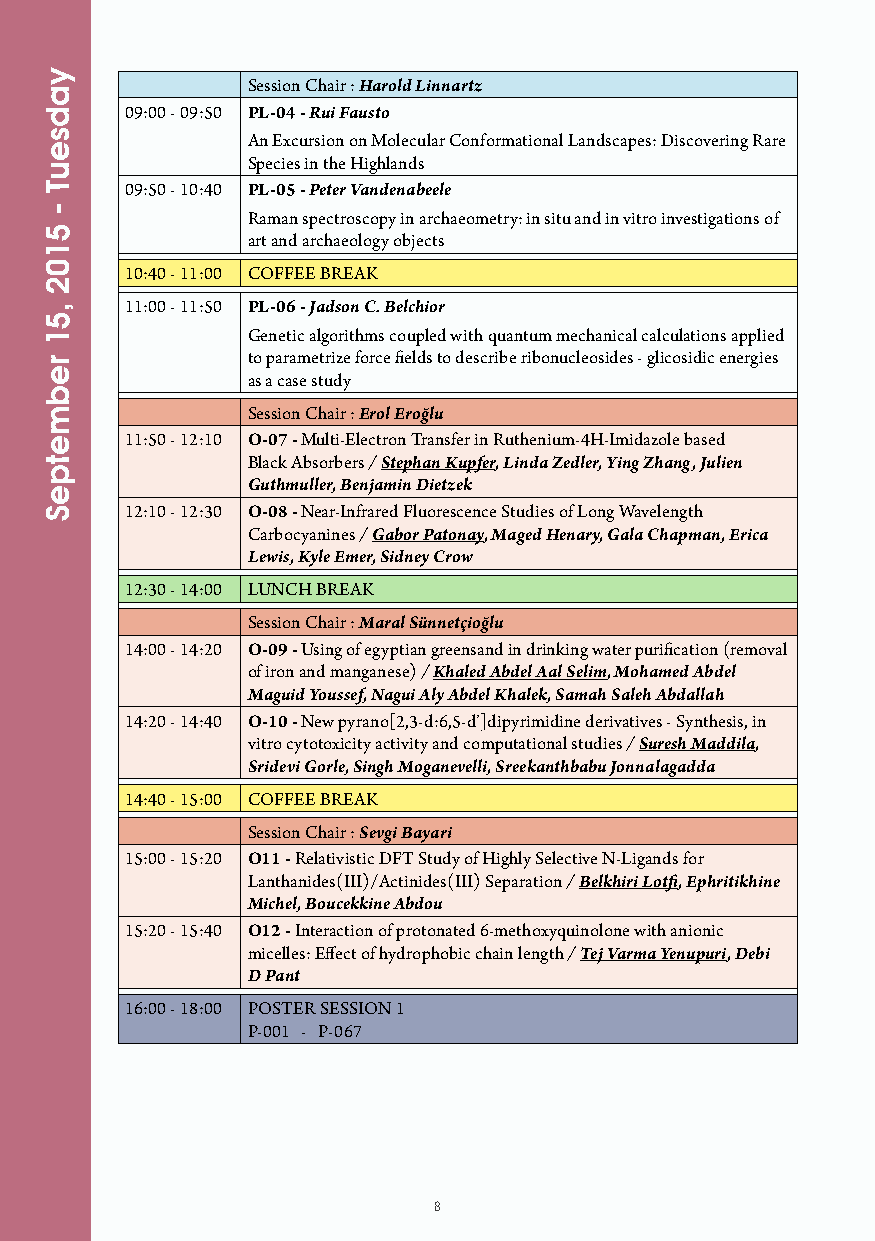
Session Chair : Harold Linnartz
 09:00 - 09:50 PL-04 - Rui Fausto
 An Excursion on Molecular Conformational Landscapes: Discovering Rare
 Species in the Highlands
 09:50 - 10:40 PL-05 - Peter Vandenabeele
 Raman spectroscopy in archaeometry: in situ and in vitro investigations of
 art and archaeology objects
 10:40 - 11:00 COFFEE BREAK
 11:00 - 11:50 PL-06 - Jadson C. Belchior
 Genetic algorithms coupled with quantum mechanical calculations applied
 to parametrize force fields to describe ribonucleosides - glicosidic energies
 as a case study
 Session Chair : Erol Eroğlu
 11:50 - 12:10 O-07 - Multi-Electron Transfer in Ruthenium-4H-Imidazole based
 Black Absorbers / Stephan Kupfer, Linda Zedler, Ying Zhang, Julien
 Guthmuller, Benjamin Dietzek
 12:10 - 12:30 O-08 - Near-Infrared Fluorescence Studies of Long Wavelength
 Carbocyanines / Gabor Patonay, Maged Henary, Gala Chapman, Erica
 Lewis, Kyle Emer, Sidney Crow
 12:30 - 14:00 LUNCH BREAK
 Session Chair : Maral Sünnetçioğlu
 14:00 - 14:20 O-09 - Using of egyptian greensand in drinking water purification (removal
 of iron and manganese) / Khaled Abdel Aal Selim, Mohamed Abdel
 Maguid Youssef, Nagui Aly Abdel Khalek, Samah Saleh Abdallah
 14:20 - 14:40 O-10 - New pyrano[2,3-d:6,5-d’]dipyrimidine derivatives - Synthesis, in
 vitro cytotoxicity activity and computational studies / Suresh Maddila,
 Sridevi Gorle, Singh Moganevelli, Sreekanthbabu Jonnalagadda
 14:40 - 15:00 COFFEE BREAK
 Session Chair : Sevgi Bayari
 15:00 - 15:20 O11 - Relativistic DFT Study of Highly Selective N-Ligands for
 Lanthanides(III)/Actinides(III) Separation / Belkhiri Lotfi, Ephritikhine
 Michel, Boucekkine Abdou
 15:20 - 15:40 O12 - Interaction of protonated 6-methoxyquinolone with anionic
 micelles: Effect of hydrophobic chain length / Tej Varma Yenupuri, Debi
 D Pant
 16:00 - 18:00 POSTER SESSION 1
 P-001 - P-067
 8
 yadseuT
 -
 5102
 ,51
 rebmetpeS